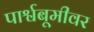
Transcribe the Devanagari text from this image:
पार्श्वबूमीवर